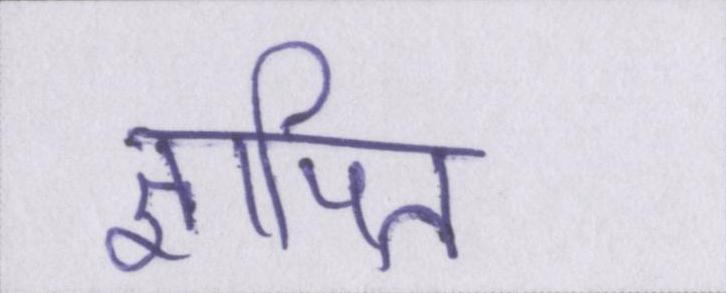
ज्ञापित